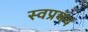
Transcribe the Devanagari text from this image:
स्वप्रमय